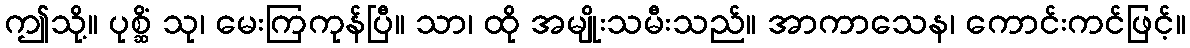
ဤသို့။ ပုစ္ဆိံ သု၊ မေးကြကုန်ပြီ။ သာ၊ ထို အမျိုးသမီးသည်။ အာကာသေန၊ ကောင်းကင်ဖြင့်။